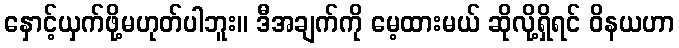
နှောင့်ယှက်ဖို့မဟုတ်ပါဘူး။ ဒီအချက်ကို မေ့ထားမယ် ဆိုလို့ရှိရင် ဝိနယဟာ